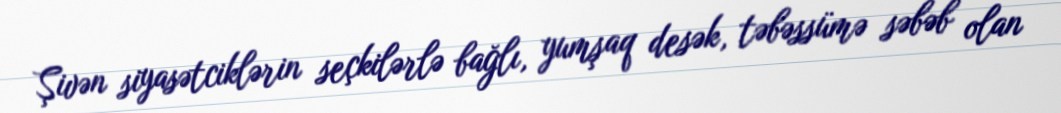
Şivən siyasətciklərin seçkilərlə bağlı, yumşaq desək, təbəssümə səbəb olan